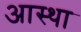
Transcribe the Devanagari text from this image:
अास्था